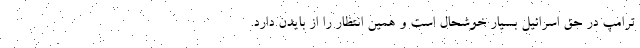
ترامپ در حق اسرائیل بسیار خوشحال است و همین انتظار را از بایدن دارد.